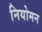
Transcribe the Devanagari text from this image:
नियोमन